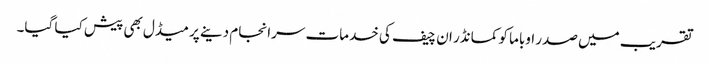
تقریب میں صدر اوباما کو کمانڈر ان چیف کی خدمات سرانجام دینے پر میڈل بھی پیش کیا گیا۔